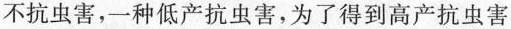
不抗虫害，一种低产抗虫害，为了得到高产抗虫害